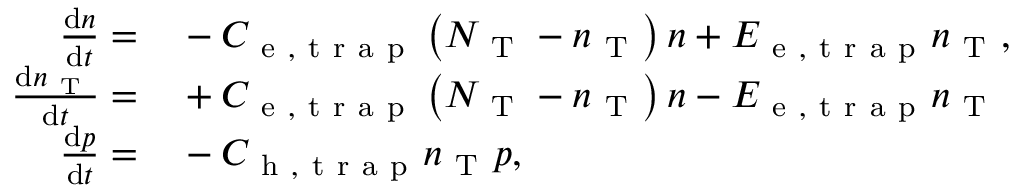
\begin{array} { r l } { \frac { \mathrm { d } n } { \mathrm { d } t } = } & { { } - C _ { \mathrm { ~ e ~ , ~ t ~ r ~ a ~ p ~ } } \left( N _ { \mathrm { ~ T ~ } } - n _ { \mathrm { ~ T ~ } } \right) n + E _ { \mathrm { ~ e ~ , ~ t ~ r ~ a ~ p ~ } } n _ { \mathrm { ~ T ~ } } , } \\ { \frac { \mathrm { d } n _ { \mathrm { ~ T ~ } } } { \mathrm { d } t } = } & { { } + C _ { \mathrm { ~ e ~ , ~ t ~ r ~ a ~ p ~ } } \left( N _ { \mathrm { ~ T ~ } } - n _ { \mathrm { ~ T ~ } } \right) n - E _ { \mathrm { ~ e ~ , ~ t ~ r ~ a ~ p ~ } } n _ { \mathrm { ~ T ~ } } } \\ { \frac { \mathrm { d } p } { \mathrm { d } t } = } & { { } - C _ { \mathrm { ~ h ~ , ~ t ~ r ~ a ~ p ~ } } n _ { \mathrm { ~ T ~ } } p , } \end{array}